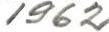
1962